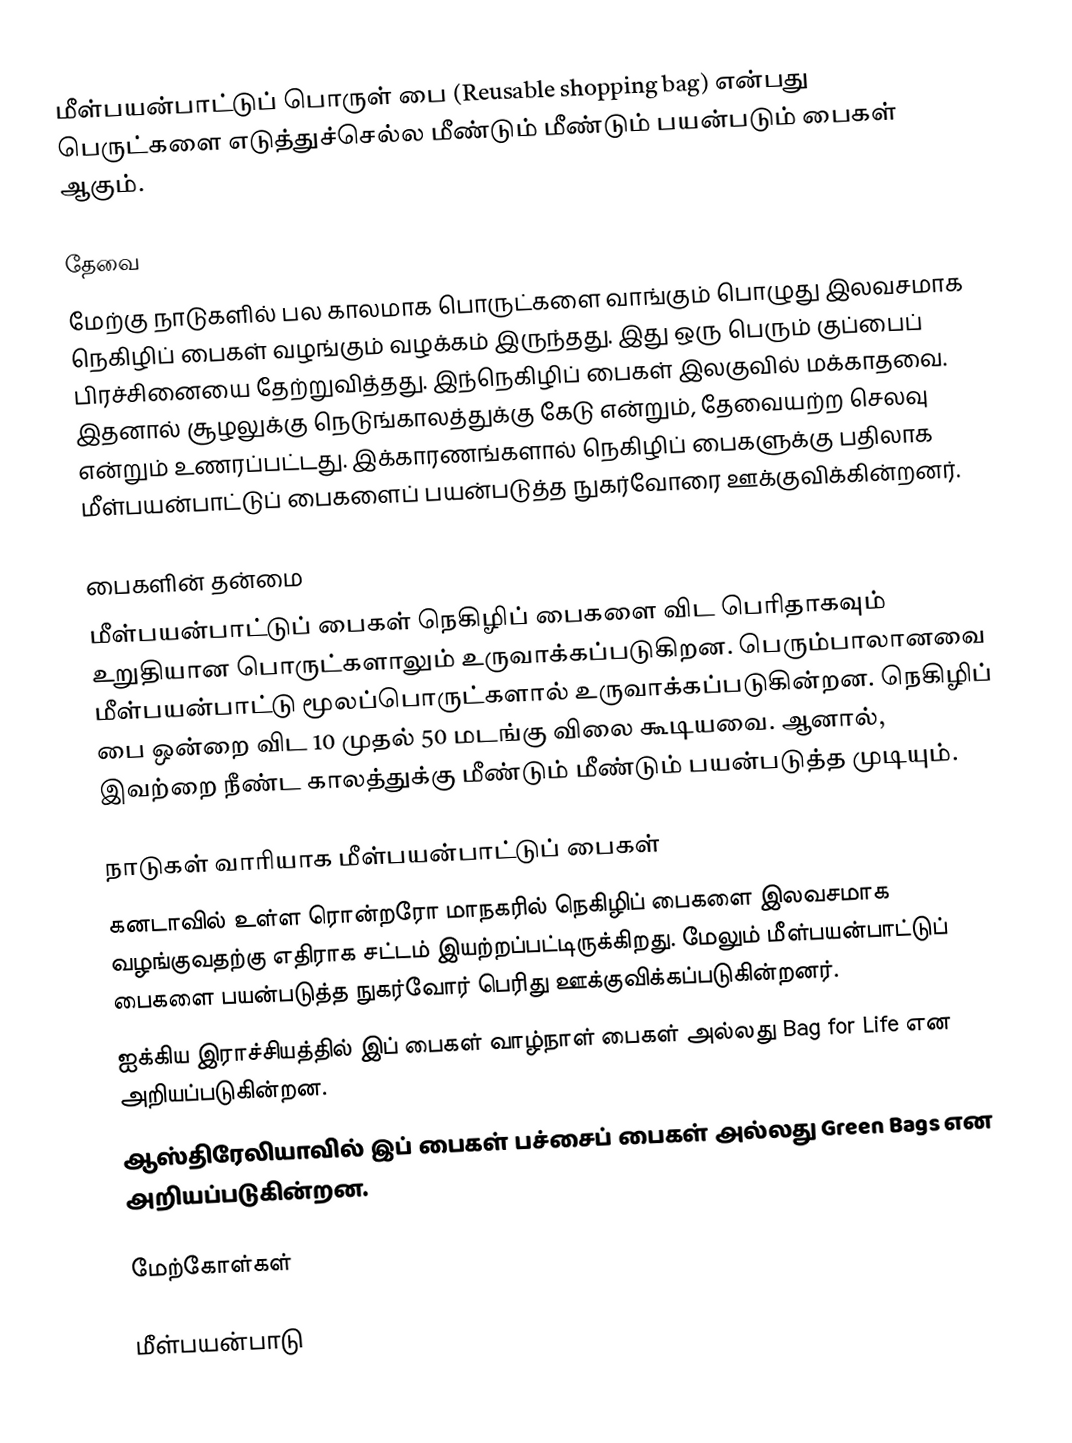
மீள்பயன்பாட்டுப் பொருள் பை (Reusable shopping bag) என்பது பெருட்களை எடுத்துச்செல்ல மீண்டும் மீண்டும் பயன்படும் பைகள் ஆகும்.

தேவை
மேற்கு நாடுகளில் பல காலமாக பொருட்களை வாங்கும் பொழுது இலவசமாக நெகிழிப் பைகள் வழங்கும் வழக்கம் இருந்தது.  இது ஒரு பெரும் குப்பைப் பிரச்சினையை தேற்றுவித்தது.  இந்நெகிழிப் பைகள் இலகுவில் மக்காதவை.  இதனால் சூழலுக்கு நெடுங்காலத்துக்கு கேடு என்றும், தேவையற்ற செலவு என்றும் உணரப்பட்டது.  இக்காரணங்களால் நெகிழிப் பைகளுக்கு பதிலாக மீள்பயன்பாட்டுப் பைகளைப் பயன்படுத்த  நுகர்வோரை ஊக்குவிக்கின்றனர்.

பைகளின் தன்மை
மீள்பயன்பாட்டுப் பைகள் நெகிழிப் பைகளை விட பெரிதாகவும் உறுதியான பொருட்களாலும் உருவாக்கப்படுகிறன.  பெரும்பாலானவை மீள்பயன்பாட்டு மூலப்பொருட்களால் உருவாக்கப்படுகின்றன.  நெகிழிப் பை ஒன்றை விட 10 முதல் 50 மடங்கு விலை கூடியவை.  ஆனால், இவற்றை நீண்ட காலத்துக்கு மீண்டும் மீண்டும் பயன்படுத்த முடியும்.

நாடுகள் வாரியாக மீள்பயன்பாட்டுப் பைகள்
 கனடாவில் உள்ள ரொன்றரோ மாநகரில் நெகிழிப் பைகளை இலவசமாக வழங்குவதற்கு எதிராக சட்டம் இயற்றப்பட்டிருக்கிறது.  மேலும் மீள்பயன்பாட்டுப் பைகளை பயன்படுத்த நுகர்வோர் பெரிது ஊக்குவிக்கப்படுகின்றனர்.
 ஐக்கிய இராச்சியத்தில் இப் பைகள் வாழ்நாள் பைகள் அல்லது Bag for Life என அறியப்படுகின்றன.
 ஆஸ்திரேலியாவில் இப் பைகள் பச்சைப் பைகள் அல்லது Green Bags என அறியப்படுகின்றன.

மேற்கோள்கள்

மீள்பயன்பாடு